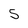
Character: 5